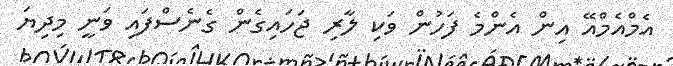
އެމްއެމްއޭ އިން އެންމެ ފަހުން ވަކި ލާރި ޖަހައިގެން ގެނެސްފައި ވަނީ މިދިޔަ